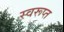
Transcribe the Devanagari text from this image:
स्वरूप्त